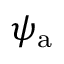
\psi _ { \mathrm { a } }